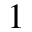
^ 1